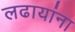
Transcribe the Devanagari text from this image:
लढायांना